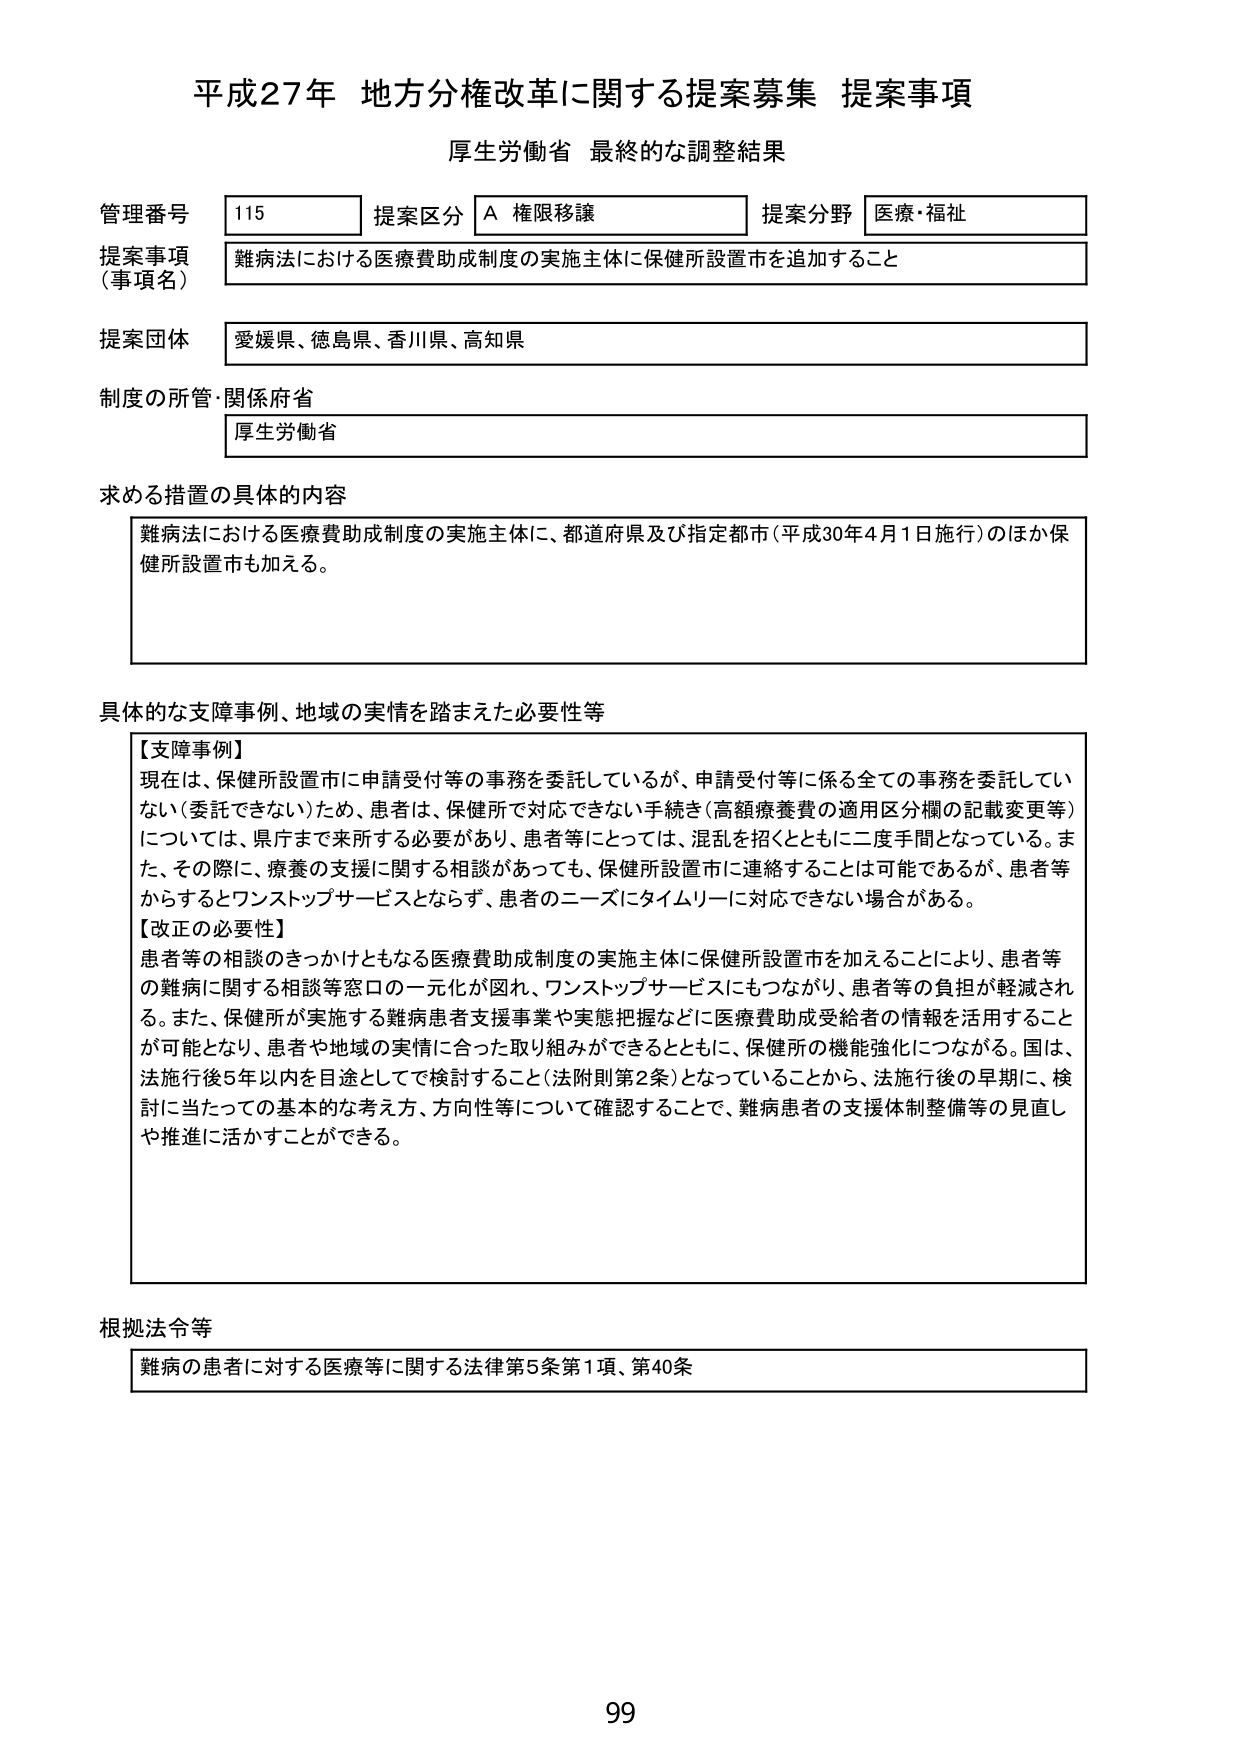
平成27年 地方分権改革に関する提案募集 提案事項
厚生労働省 最終的な調整結果

管理番号 115 提案区分 A 権限移譲 提案分野 医療・福祉
提案事項（事項名） 難病法における医療費助成制度の実施主体に保健所設置市を追加すること
提案団体 愛媛県、徳島県、香川県、高知県
制度の所管・関係府省 厚生労働省

求める措置の具体的内容
難病法における医療費助成制度の実施主体に、都道府県及び指定都市（平成30年4月1日施行）のほか保健所設置市も加える。

具体的な支障事例、地域の実情を踏まえた必要性等
【支障事例】
現在は、保健所設置市に申請受付等の事務を委託しているが、申請受付等に係る全ての事務を委託していない（委託できない）ため、患者は、保健所で対応できない手続き（高額療養費の適用区分欄の記載変更等）については、県庁まで来所する必要があり、患者等にとっては、混乱を招くとともに二度手間となっている。また、その際に、療養の支援に関する相談があっても、保健所設置市に連絡することは可能であるが、患者等からするとワンストップサービスとならず、患者のニーズにタイムリーに対応できない場合がある。
【改正の必要性】
患者等の相談のきっかけともなる医療費助成制度の実施主体に保健所設置市を加えることにより、患者等の難病に関する相談等窓口の一元化が図れ、ワンストップサービスにもつながり、患者等の負担が軽減される。また、保健所が実施する難病患者支援事業や実態把握などに医療費助成受給者の情報を活用することが可能となり、患者や地域の実情に合った取り組みができるとともに、保健所の機能強化につながる。国は、法施行後5年以内を目途として検討すること（法附則第2条）となっていることから、法施行後の早期に、検討に当たっての基本的な考え方、方向性等について確認することで、難病患者の支援体制整備等の見直しや推進に活かすことができる。

根拠法令等
難病の患者に対する医療等に関する法律第5条第1項、第40条

99